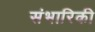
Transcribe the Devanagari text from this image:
संभारिकी